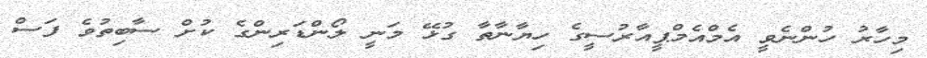
މިހާރު ހުންނެވީ އެމްއެމްޕީއާރުސީގެ ހިޔާނާތާ ގުޅޭ މަނީ ލޯންޑަރިންގެ ކުށް ސާބިތުވެ ފަސް